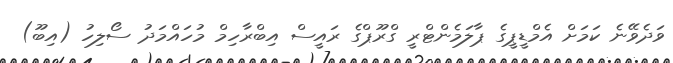
ވަދެވޭނެ ކަމަށް އެމްޑީޕީގެ ޕާލަމެންޓްރީ ގްރޫޕްގެ ރައީސް އިބްރާހިމް މުހައްމަދު ސޯލިހު (އިބޫ)